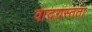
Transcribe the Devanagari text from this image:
वादग्रस्तता